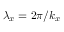
\lambda _ { x } = 2 \pi / k _ { x }